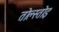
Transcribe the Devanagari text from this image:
तोल्स्तोइ